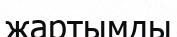
жартымды